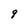
Character: 9